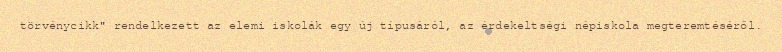
törvénycikk" rendelkezett az elemi iskolák egy új típusáról, az érdekeltségi népiskola megteremtéséről.